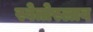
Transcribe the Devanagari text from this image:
स्वेतोस्लाव